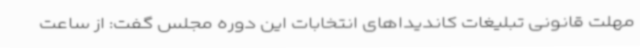
مهلت قانونی تبلیغات کاندیداهای انتخابات این دوره مجلس گفت: از ساعت